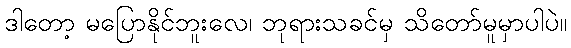
ဒါတော့ မပြောနိုင်ဘူးလေ၊ ဘုရားသခင်မှ သိတော်မူမှာပါပဲ။